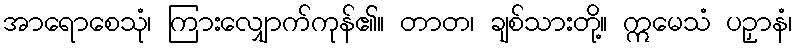
အာရောစေသုံ၊ ကြားလျှောက်ကုန်၏။ တာတ၊ ချစ်သားတို့။ ဣမေသံ ပဉှာနံ၊